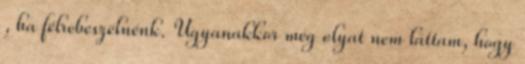
, ha félrebeszélnénk. Ugyanakkor még olyat nem láttam, hogy